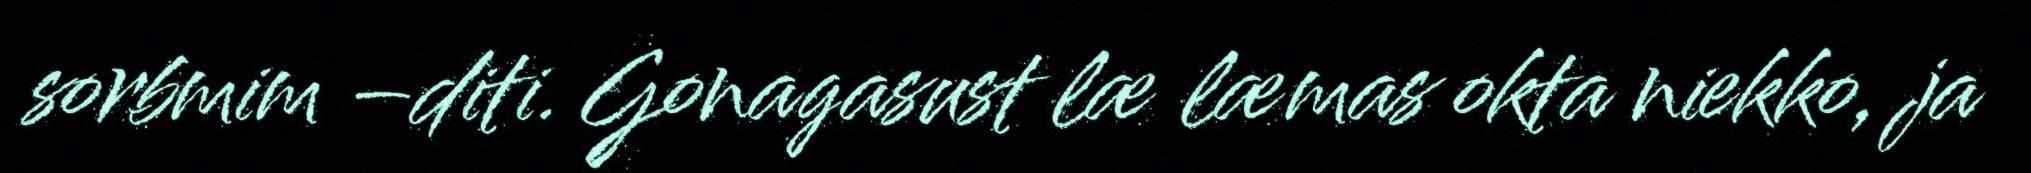
sorbmim –diti. Gonagasust læ læmas okta niekko, ja